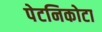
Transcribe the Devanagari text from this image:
पेटनिकोटा